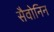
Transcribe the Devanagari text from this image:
सैवोनिन